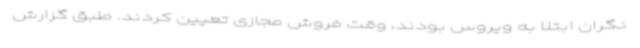
نگران ابتلا به ویروس بودند، وقت فروش مجازی تعیین کردند. طبق گزارش